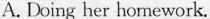
A. Doing her homework.